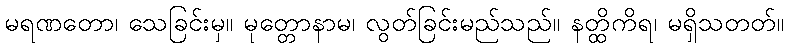
မရဏတော၊ သေခြင်းမှ။ မုတ္တောနာမ၊ လွတ်ခြင်းမည်သည်။ နတ္ထိကိရ၊ မရှိသတတ်။